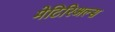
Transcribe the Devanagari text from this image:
मेटिरिअल्स